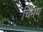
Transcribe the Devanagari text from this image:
चिंमय